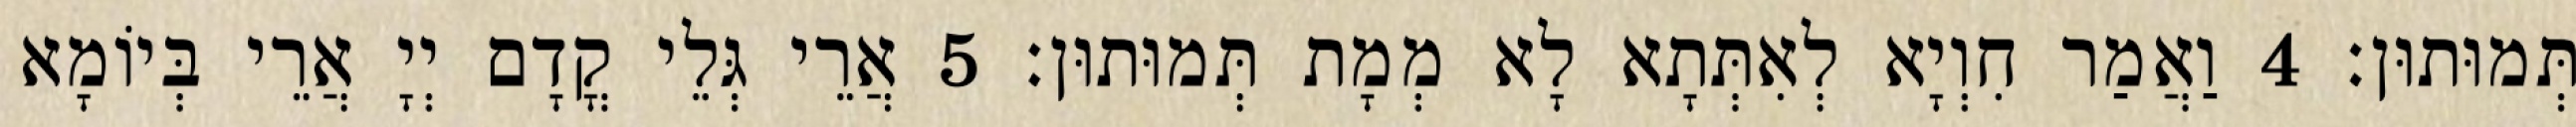
תְּמוּתוּן׃ 4 וַאֲמַר חִוְיָא לְאִתְּתָא לָא מְמָת תְּמוּתוּן׃ 5 אֲרֵי גְּלֵי קֳדָם יְיָ אֲרֵי בְּיוֹמָא